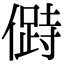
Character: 𠍰